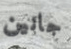
جانين